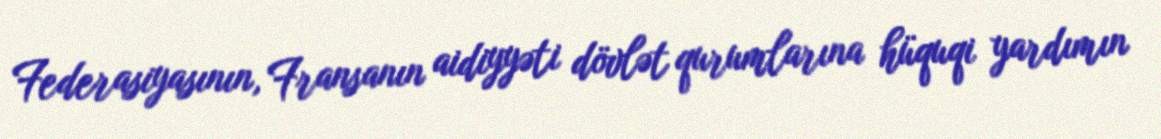
Federasiyasının, Fransanın aidiyyəti dövlət qurumlarına hüquqi yardımın